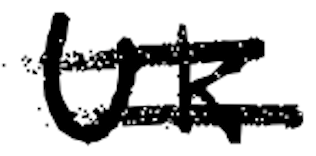
Text: UK
Cross-out: double-line
Writing tool: digital_black